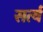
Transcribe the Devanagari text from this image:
सर्त्य